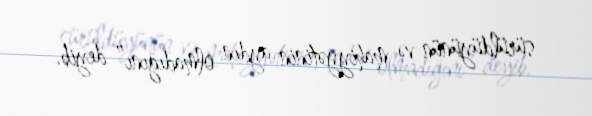
sürüldüyünün və mahiyyətinin aydın olmadığını” deyib.